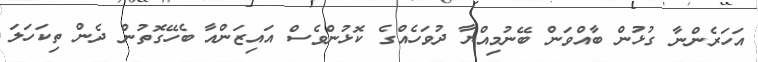
އަހަރެންނާ ގުޅުން ބާއްވަން ބޭނުމިއްޔާ ދުވަހެއްގެ ކޮޅުންވެސް އައިޒަންއާ ބެހޭގޮތުން ދެން ތިކަހަލަ